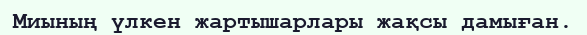
Миының үлкен жартышарлары жақсы дамыған.